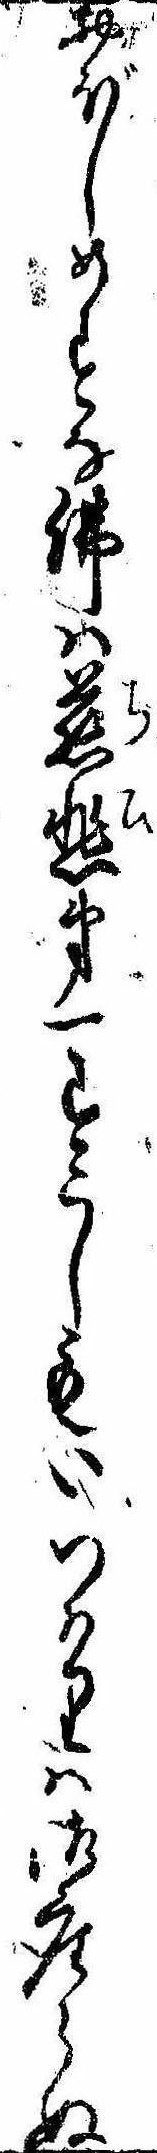
おぼしめすな仏は慈悲第一すこしもいつはりは御座らぬ